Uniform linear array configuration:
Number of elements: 64
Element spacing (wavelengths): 0.75
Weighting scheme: cosine
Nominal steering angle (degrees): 15
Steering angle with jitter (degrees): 15.681
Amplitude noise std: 0.05
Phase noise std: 0.05

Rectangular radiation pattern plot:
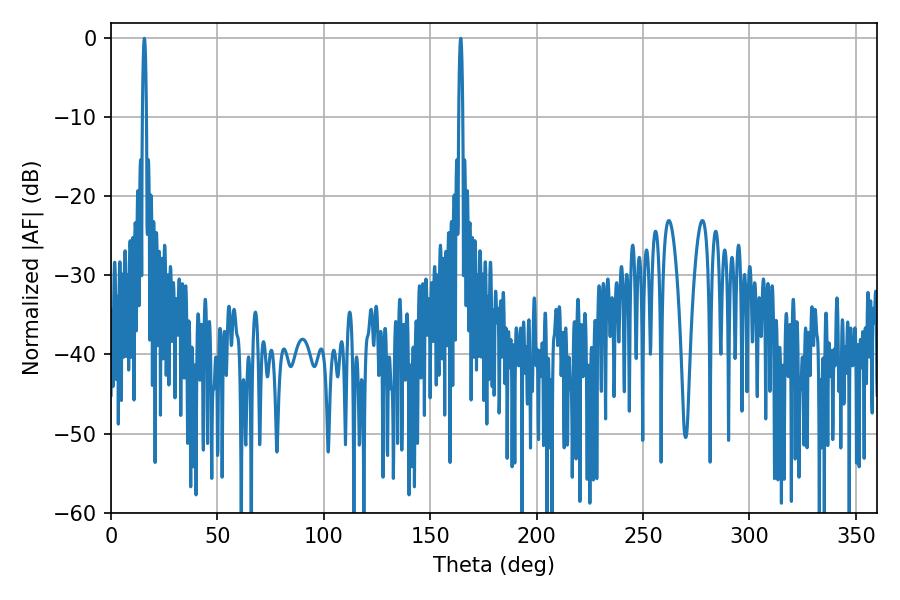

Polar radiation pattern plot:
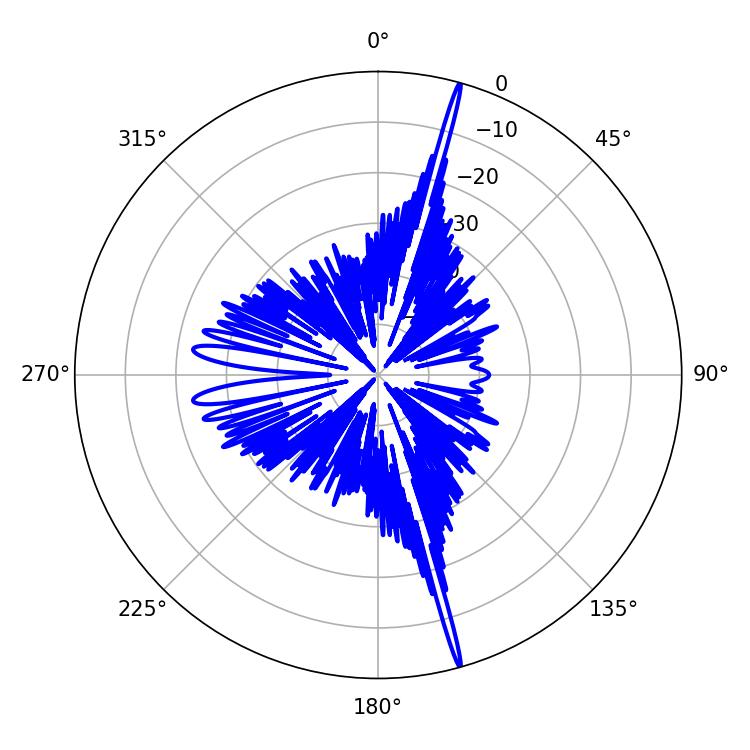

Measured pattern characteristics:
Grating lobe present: TRUE
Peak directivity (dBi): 22.889
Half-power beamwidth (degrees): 1.08
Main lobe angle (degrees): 15.66